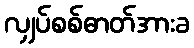
လျှပ်စစ်ဓာတ်အားခ